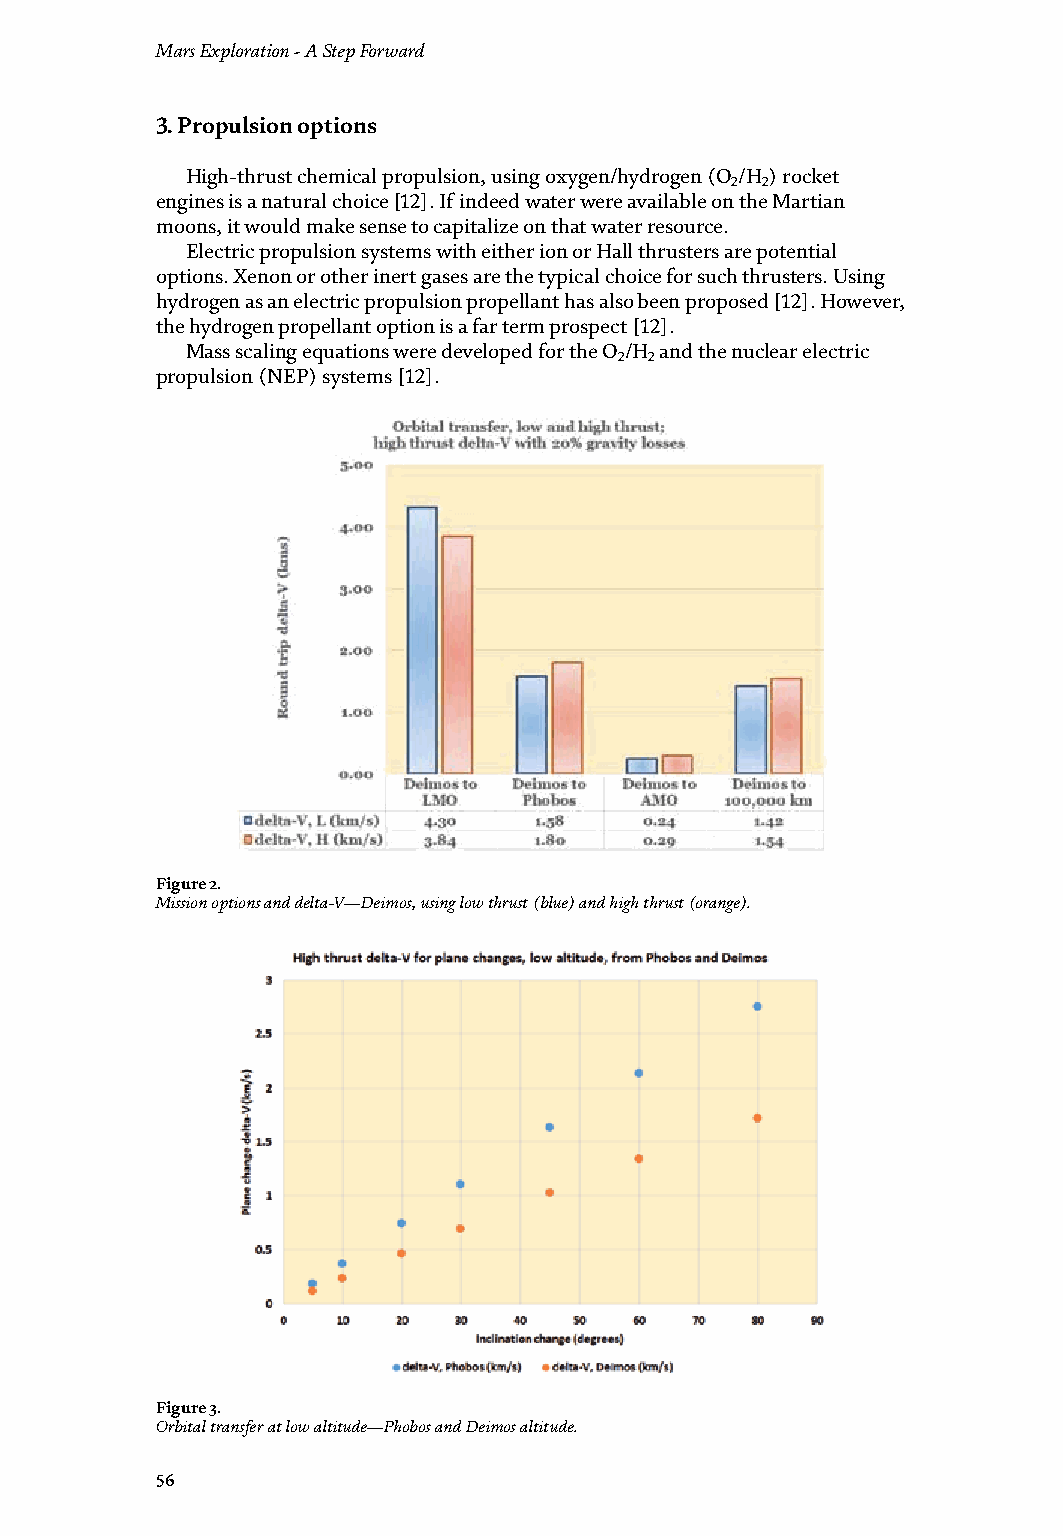
Mars Exploration - A Step Forward                                      Assessing Propulsion and Transportation Issues with Mars’ Moons
 DOI: http://dx.doi.org/10.5772/intechopen.93148
 3. Propulsion options
 High-thrust chemical propulsion, using oxygen/hydrogen (O /H ) rocket
 2 2
 engines is a natural choice [12]. If indeed water were available on the Martian
 moons, it would make sense to capitalize on that water resource.
 Electric propulsion systems with either ion or Hall thrusters are potential
 options. Xenon or other inert gases are the typical choice for such thrusters. Using
 hydrogen as an electric propulsion propellant has also been proposed [12]. However,
 the hydrogen propellant option is a far term prospect [12].
 Mass scaling equations were developed for the O /H and the nuclear electric
 2 2
 propulsion (NEP) systems [12].
 Figure 4.
 Orbital transfer—high-altitude plane change, 100,000 km.
 3.1 Advanced propulsion options
 Several advanced propulsion options for lunar base construction and indus-
 trialization were investigated. They include nuclear electric propulsion options,
 lunar base design options, propellant industrialization, and outer planet mining
 with associated outer planet moon bases. Chemical propulsion and nuclear electric
 propulsion (NEP) for Earth-Moon orbital transfer vehicles (OTVs) were assessed.
 Design parameters, vehicle mass scaling equations, and summaries of these analyses
 Figure 2.
 Mission options and delta-V—Deimos, using low thrust (blue) and high thrust (orange). are presented.
 3.1.1 Chemical propulsion OTV sizing
 In sizing the chemical propulsion OTVs, a vehicle mass scaling equation is used [12]:
 m,dry,stage=m,dry,coefficient*m,p+a,fixed
 (1)
 where
 m, dry, stage = the stage dry mass, including residual propellant (kg);
 m, dry, coefficient = the B mass coefficient (kg of tank mass/kg of usable
 propellant mass);
 m, p = usable propellant mass (kg); and
 a, fixed = chemical OTV fixed mass (kg).
 The chemical propulsion OTVs had a B coefficient of 0.4. The fixed mass was
 500 kg. The fixed mass includes guidance systems, adapters, and reaction control
 system masses. The Martian moon OTVs were single-stage vehicles.
 3.1.2 NEP OTV sizing
 The NEP OTV mass and trip time were estimated based on the power system and the
 Figure 3.
 Orbital transfer at low altitude—Phobos and Deimos altitude.           propulsion system design [11]. The following dry mass scaling equation was used [11]:
 56                                                                     57